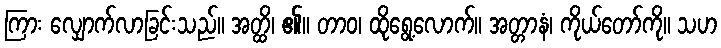
ကြား လျှောက်လာခြင်းသည်။ အတ္ထိ၊ ၏။ တာဝ၊ ထိုရွေ့လောက်။ အတ္တာနံ၊ ကိုယ်တော်ကို။ သဟ